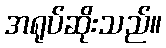
အရုပ်ဆိုးသည်။